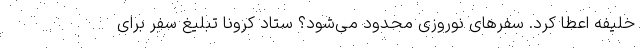
خلیفه اعطا کرد. سفرهای نوروزی محدود می‌شود؟ ستاد کرونا تبلیغ سفر برای